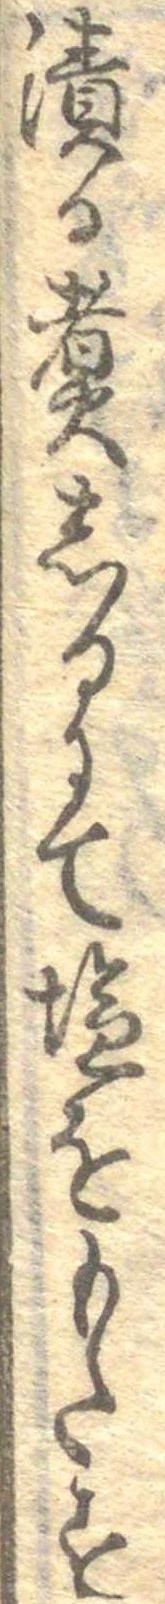
漬る煮しるにて塩をもたす